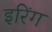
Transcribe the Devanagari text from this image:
इरिंग